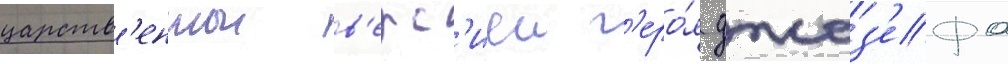
царств'еннои в'ерс'иеи г'еро́я джоз'ефа